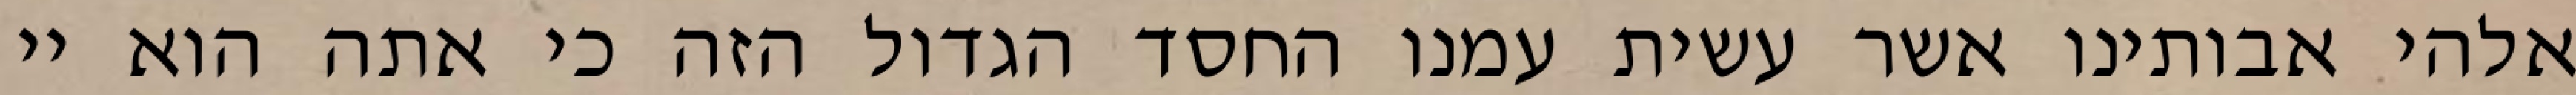
אלהי אבותינו אשר עשית עמנו החסד הגדול הזה כי אתה הוא יי